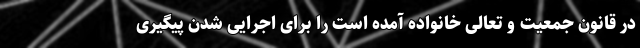
در قانون جمعیت و تعالی خانواده آمده است را برای اجرایی شدن پیگیری